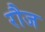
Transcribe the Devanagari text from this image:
रौज